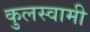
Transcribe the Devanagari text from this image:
कुुलस्वामी